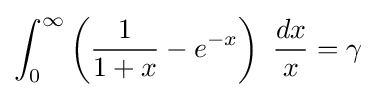
\int _{0}^{\infty }\left({\frac {1}{1+x}}-e^{-x}\right)\ {\frac {dx}{x}}=\gamma